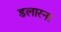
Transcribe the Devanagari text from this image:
डलारना